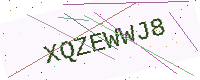
Text: XQZEWWJ8